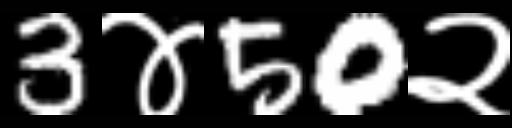
Text: 3४50२